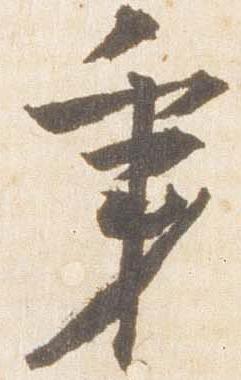
秉